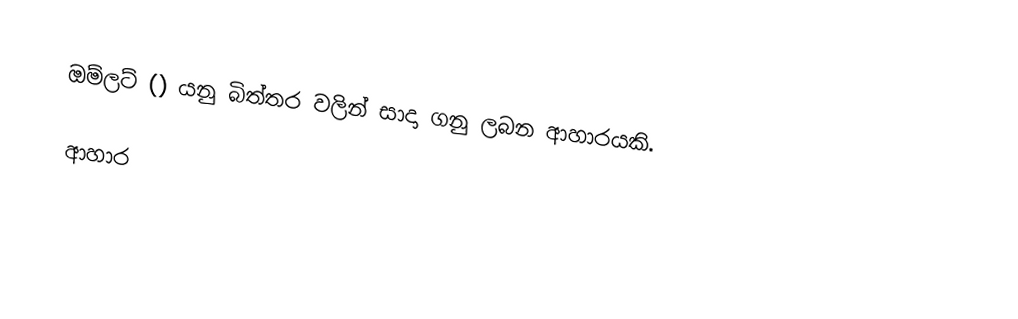
ඔම්ලට් () යනු බිත්තර වලින් සාදා ගනු ලබන ආහාරයකි.

ආහාර